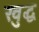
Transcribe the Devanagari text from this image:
खुद्ध